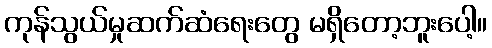
ကုန်သွယ်မှုဆက်ဆံရေးတွေ မရှိတော့ဘူးပေါ့။